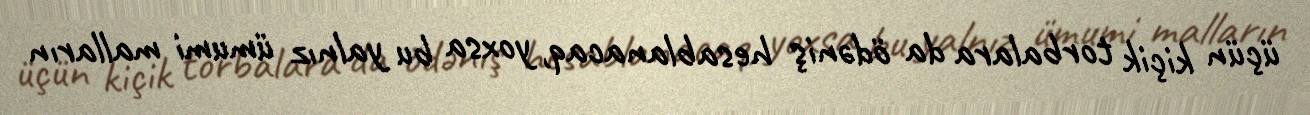
üçün kiçik torbalara da ödəniş hesablanacaq, yoxsa bu yalnız ümumi malların